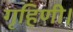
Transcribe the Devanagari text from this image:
गृहिणी।